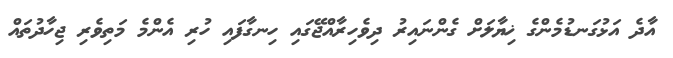
އާދެ އަޅުގަނޑުމެންގެ ޚިޔާލަށް ގެންނައިރު ދިވެހިރާއްޖޭގައި ހިނގާފައި ހުރި އެންމެ މަތިވެރި ޖިހާދުތައް